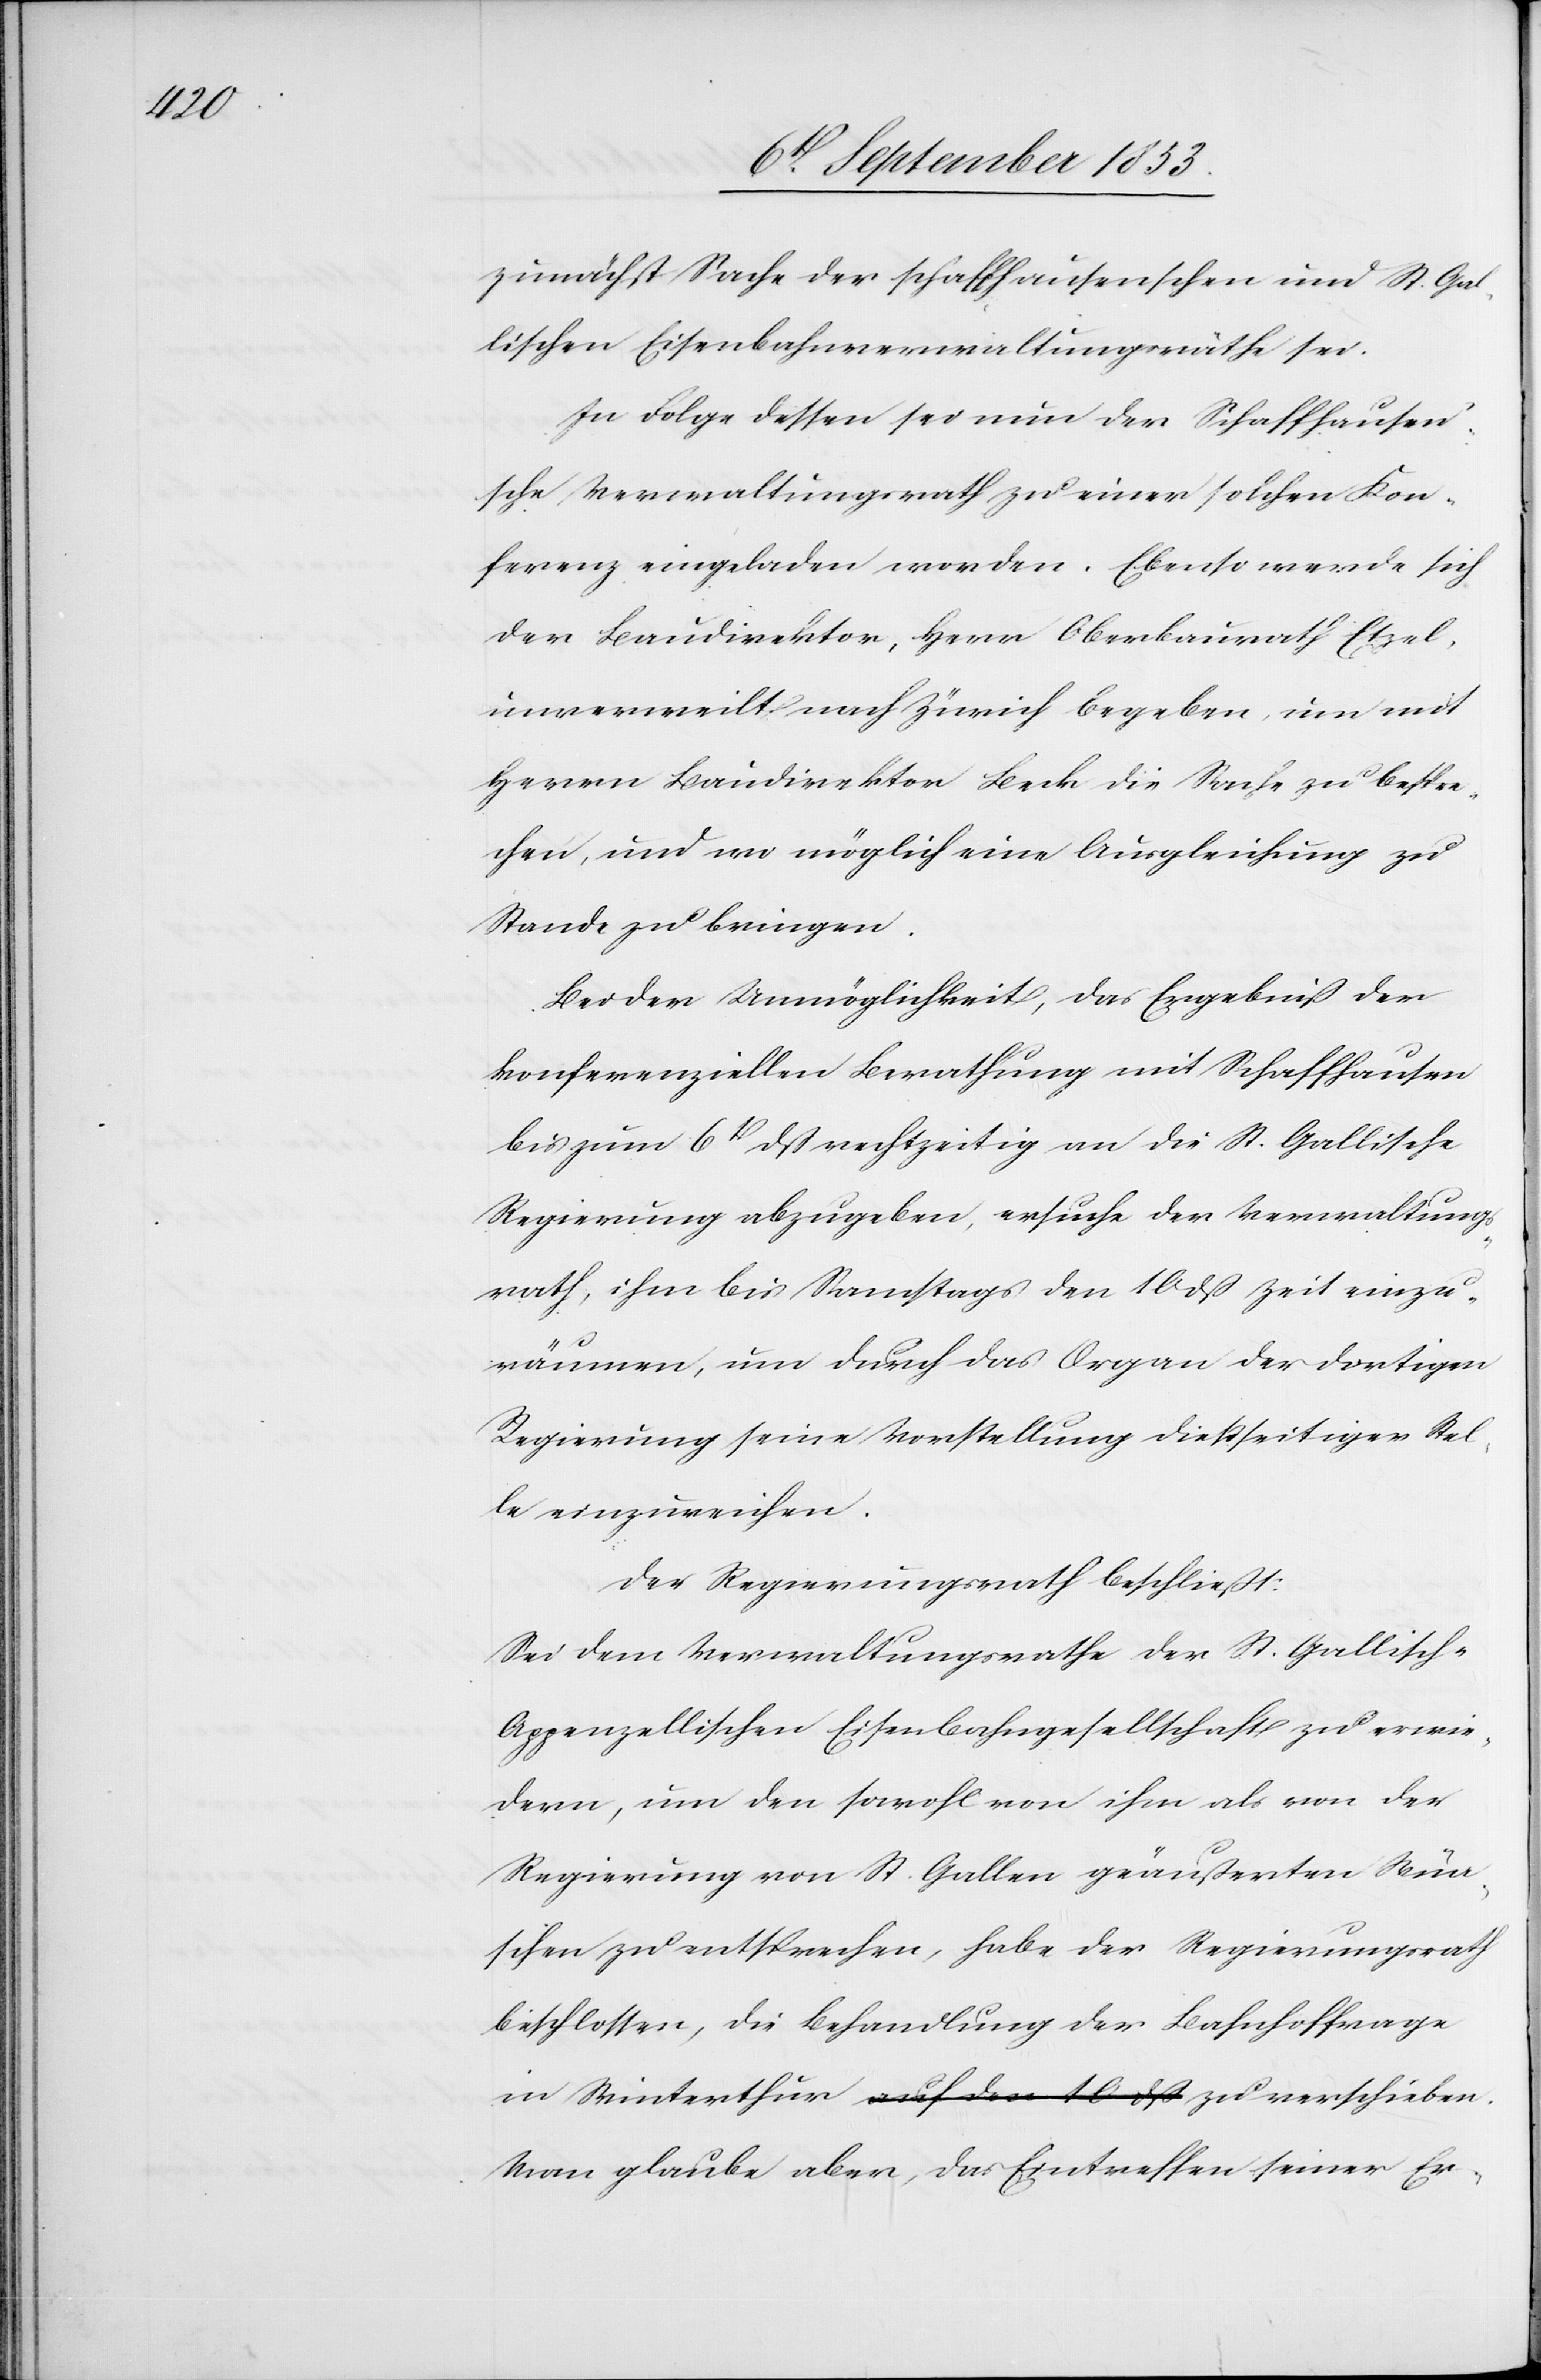
zunächst Sache der schaffhausenschen und St. Gal¬
lischen Eisenbahnverwaltungsräthe sei.
In Folge dessen sei nun der Schaffhause¬
n’sche Verwaltungsrath zu einer solchen Kon¬
ferenz eingeladen worden. Ebenso werde sich
der Baudirektor, Herr Oberbaurath Etzel,
unverweilt nach Zürich begeben, um mit
Herrn Baudirektor Beck die Sache zu bespre¬
chen, und wo möglich eine Ausgleichung zu
Stande zu bringen.
Bei der Unmöglichkeit, das Ergebniß der
konferenziellen Berathung mit Schaffhausen
bis zum 6t dß rechtzeitig an die St. Gallische
Regierung abzugeben, ersuche der Verwaltung¬
srath, ihm bis Samstags den 10 dß Zeit einzu¬
räumen, um durch das Organ der dortigen
Regierung seine Vorstellung dießseitiger Stel¬
le einzureichen.
Der Regierungsrath beschließt:
Sei dem Verwaltungsrathe der St. Gallisch-A¬
ppenzellischen Eisenbahngesellschaft zu erwie¬
dern, um den sowohl von ihm als von der
Regierung von St. Gallen geäußerten Wün¬
schen zu entsprechen, habe der Regierungsrath
beschlossen, die Behandlung der Bahnhoffrage
Man glaube aber, das Eintreffen seiner Er-